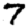
Digit: 7